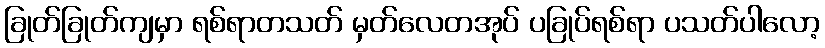
ခြုတ်ခြုတ်ကျမှာ ရစ်ရာတသတ် မှတ်လေတအုပ် ပခြုပ်ရစ်ရာ ပသတ်ပါလော့